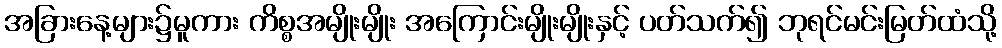
အခြားနေ့များ၌မူကား ကိစ္စအမျိုးမျိုး အကြောင်းမျိုးမျိုးနှင့် ပတ်သက်၍ ဘုရင်မင်းမြတ်ထံသို့